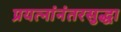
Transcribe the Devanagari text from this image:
प्रयत्नांनंतरसुद्धा